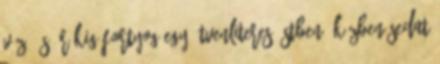
víz, és órákig fortyog egy ötvenliteres üstben. Közben Sedat